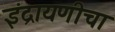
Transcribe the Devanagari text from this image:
इंद्रायणीचा